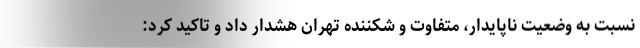
نسبت به وضعیت ناپایدار، متفاوت و شکننده تهران هشدار داد و تاکید کرد: